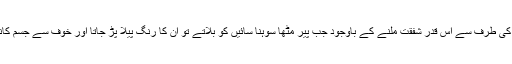
اپنے پیر کی طرف سے اس قدر شفقت ملنے کے باوجود جب پیر مٹھاؒ سوہنا سائیں کو بلاتے تو ان کا رنگ پیلا پڑ جاتا اور خوف سے جسم کانپنے لگتا۔